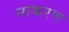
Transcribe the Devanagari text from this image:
नाकरण